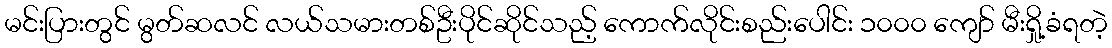
မင်းပြားတွင် မွတ်ဆလင် လယ်သမားတစ်ဦးပိုင်ဆိုင်သည့် ကောက်လိုင်းစည်းပေါင်း ၁၀၀၀ ကျော် မီးရှို့ခံရတဲ့